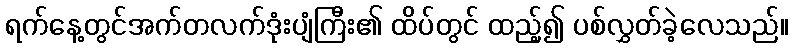
ရက်နေ့တွင်အက်တလက်ဒုံးပျံကြီး၏ ထိပ်တွင် ထည့်၍ ပစ်လွှတ်ခဲ့လေသည်။